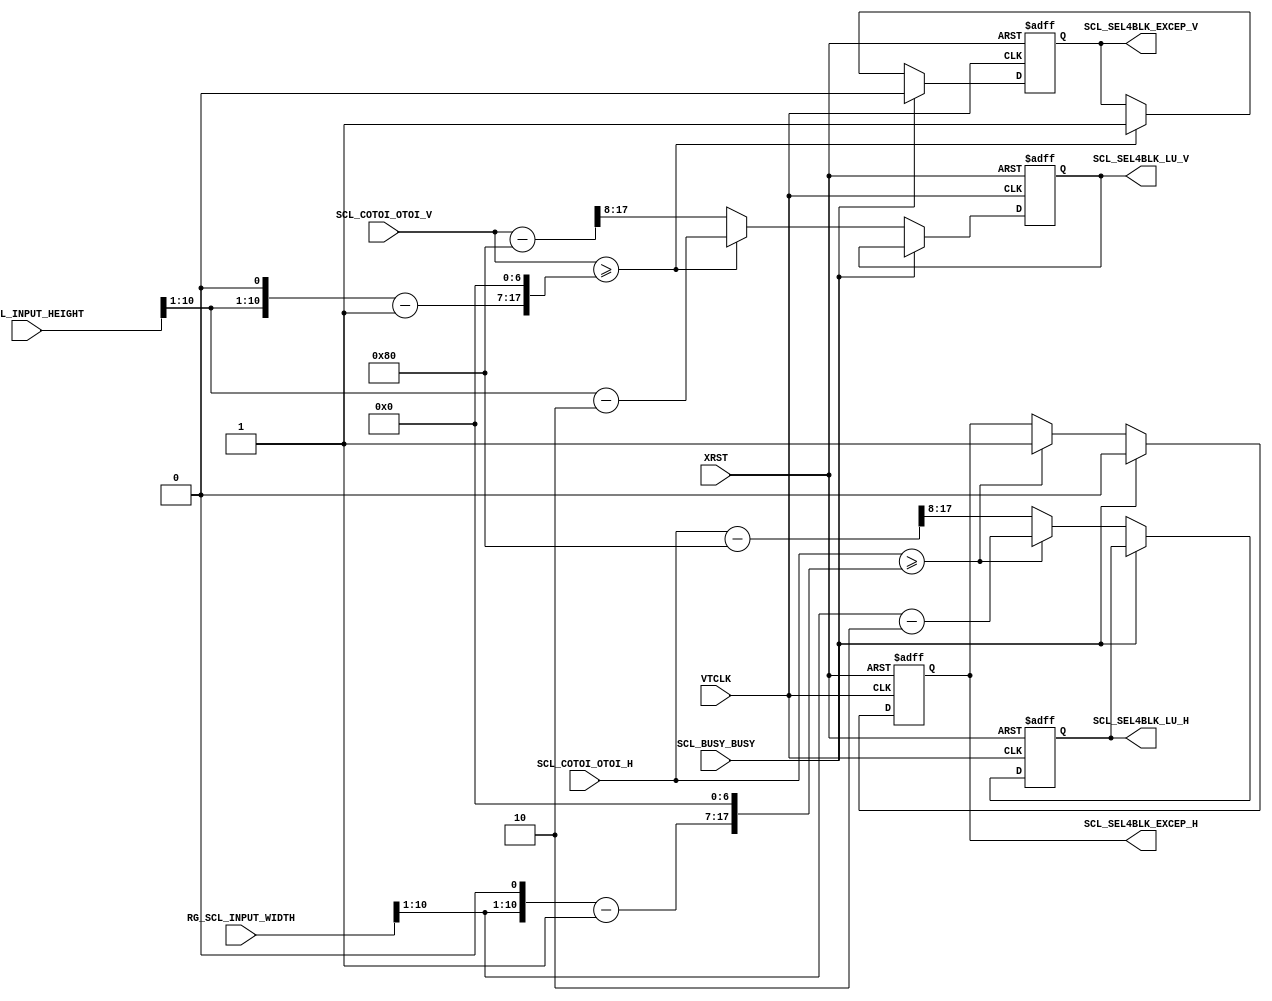
//==========================================================
//  Title     : SONY Mobile CIS
//  Comment   : DUBE block
//  Project   : 
//
//  File Name : 
//
//
//  CONFIDENTIAL AND PROPRIETARY PRODUCT OF SONY CORPORATION
//  Copyright (c) 2015 Sony Corporation.  All Rights Reserved.
//
//  Reference File Name     : (Generated by Excel)
//  Reference File Revision : (none)
//  Reference File Project  : 
//==========================================================



module                  SCL_SEL4BLK(
     VTCLK
    ,XRST
    ,RG_SCL_INPUT_WIDTH
    ,RG_SCL_INPUT_HEIGHT
    ,SCL_COTOI_OTOI_H
    ,SCL_COTOI_OTOI_V
    ,SCL_BUSY_BUSY
    ,SCL_SEL4BLK_LU_H
    ,SCL_SEL4BLK_LU_V
    ,SCL_SEL4BLK_EXCEP_H
    ,SCL_SEL4BLK_EXCEP_V
);


/*************************************************
INPUT , OUTPUT
*************************************************/
input           VTCLK;                          // 
input           XRST;                           // 
input   [10:0]  RG_SCL_INPUT_WIDTH;             // 
input   [10:0]  RG_SCL_INPUT_HEIGHT;            // 
input   [17:0]  SCL_COTOI_OTOI_H;               // 
input   [17:0]  SCL_COTOI_OTOI_V;               // 
input           SCL_BUSY_BUSY;                  // 
output  [9:0]   SCL_SEL4BLK_LU_H;               // 
output  [9:0]   SCL_SEL4BLK_LU_V;               // 
output          SCL_SEL4BLK_EXCEP_H;            // 
output          SCL_SEL4BLK_EXCEP_V;            // 

/*************************************************
reg, wire
*************************************************/
reg [9:0] SCL_SEL4BLK_LU_H;
reg [9:0] SCL_SEL4BLK_LU_V;
reg SCL_SEL4BLK_EXCEP_H;
reg SCL_SEL4BLK_EXCEP_V;
wire [9:0] in_hgt_div2;
wire [9:0] in_wdt_div2;
wire [17:0] SCL_COTOI_OTOI_H_sub2;
wire [17:0] SCL_COTOI_OTOI_V_sub2;

assign in_hgt_div2 = RG_SCL_INPUT_HEIGHT >> 1;
assign in_wdt_div2 = RG_SCL_INPUT_WIDTH >> 1;
assign SCL_COTOI_OTOI_H_sub2 = SCL_COTOI_OTOI_H - 8'b10000000;
assign SCL_COTOI_OTOI_V_sub2 = SCL_COTOI_OTOI_V - 8'b10000000;

always @(posedge VTCLK or negedge XRST) begin

  if (XRST == 1'b0) begin
    SCL_SEL4BLK_LU_H <= 0;
    SCL_SEL4BLK_LU_V <= 0;
    SCL_SEL4BLK_EXCEP_H <= 0;
    SCL_SEL4BLK_EXCEP_V <= 0;
  end else begin
    if (~SCL_BUSY_BUSY == 1'b1) begin
      if (SCL_COTOI_OTOI_H >= {({in_wdt_div2, 1'b0} - 1'b1), 7'b0}) begin
        SCL_SEL4BLK_LU_H <= in_wdt_div2 - 2'b10;
        SCL_SEL4BLK_EXCEP_H <= 1;
      end else begin
        SCL_SEL4BLK_LU_H <= SCL_COTOI_OTOI_H_sub2[17:8];
      end

      if (SCL_COTOI_OTOI_V >= {({in_hgt_div2, 1'b0} - 1'b1), 7'b0}) begin
        SCL_SEL4BLK_LU_V <= in_hgt_div2 - 2'b10;
        SCL_SEL4BLK_EXCEP_V <= 1;
      end else begin
        SCL_SEL4BLK_LU_V <= SCL_COTOI_OTOI_V_sub2[17:8];
      end
    end else begin
      SCL_SEL4BLK_LU_H <= SCL_SEL4BLK_LU_H;
      SCL_SEL4BLK_LU_V <= SCL_SEL4BLK_LU_V;
      SCL_SEL4BLK_EXCEP_H <= 0;
      SCL_SEL4BLK_EXCEP_V <= 0;
    end
  end

end

endmodule